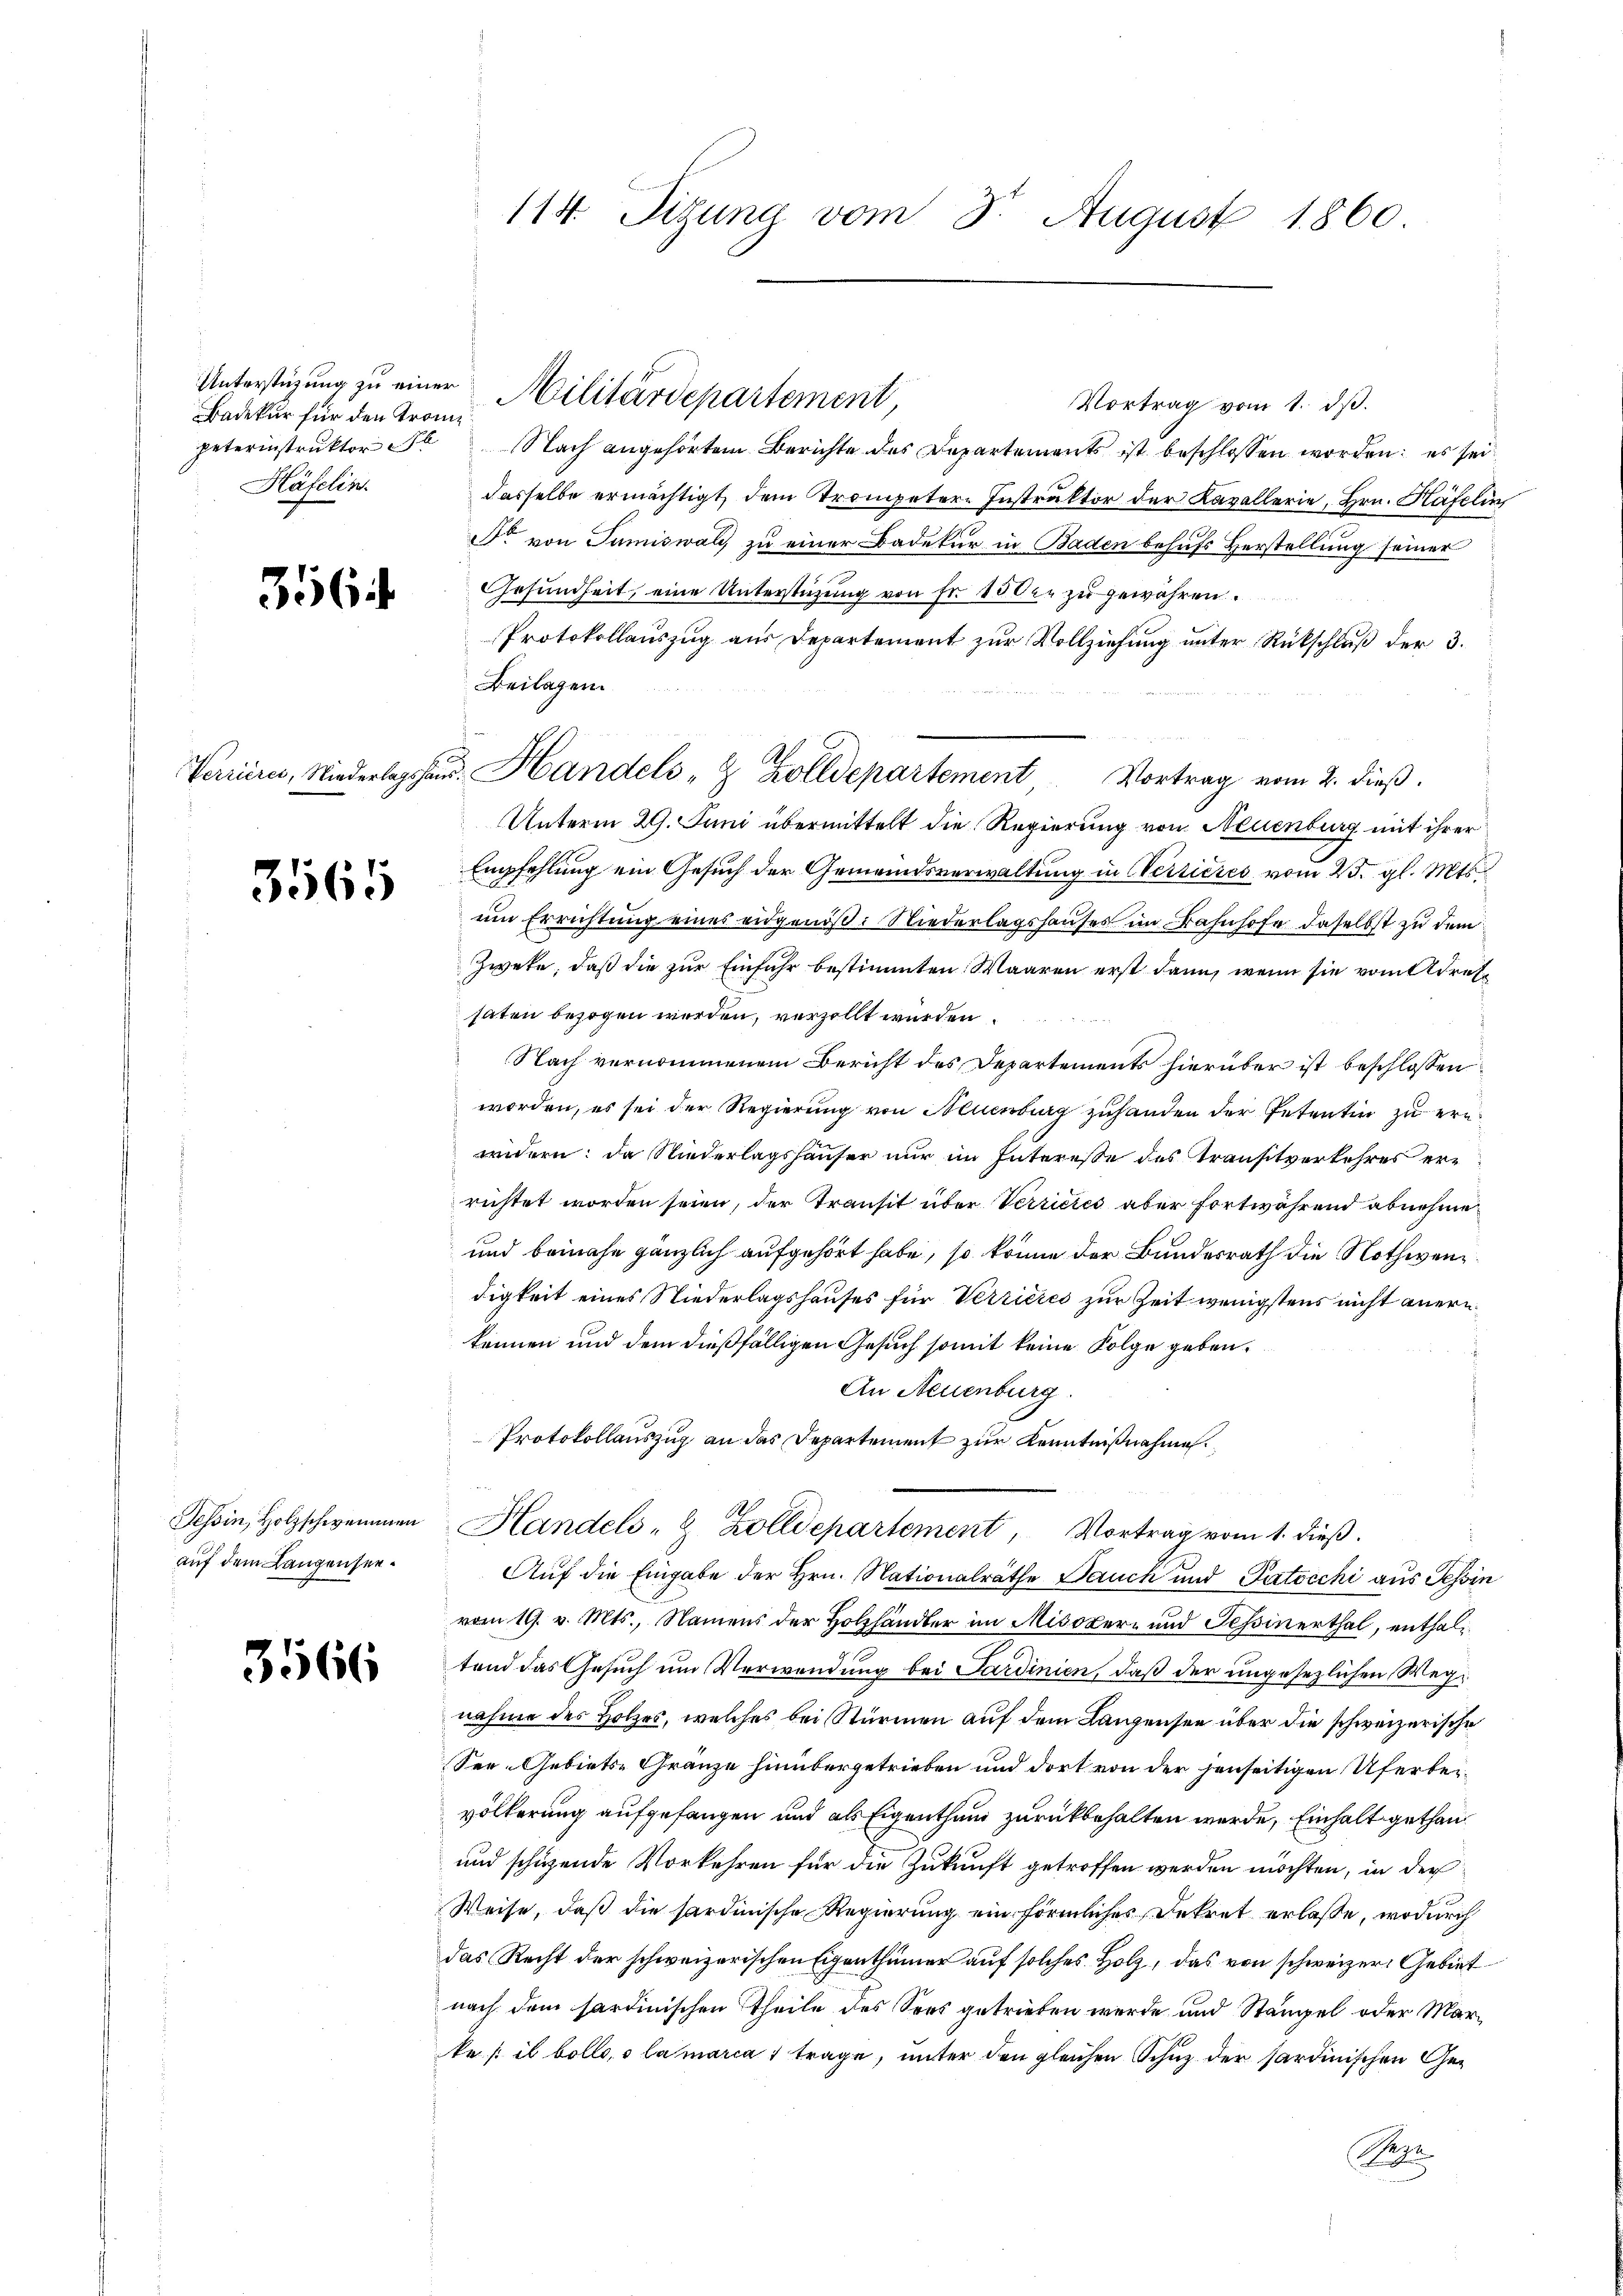
Badekur für den Trom
Häfelin.

356

3565

Tessin, Holzschwemmen
auf dem Langensee¬

3566

Vortrag vom 1. dβ.
peterinstruktor  Nach angehörtem Berichte des Departements ist beschlossen worden; es sei
dasselbe ermächtigt, dem Trompeter-Instruktor der Kavallerie, Hrn. Häfelin
Fr von Tumiswald zu einer Badekur in Baden behufs Herstellung seiner
Gesundheit, eine Unterstüzung von Fr. 100 zu gewähren.
Protokollauszug aus Departement zur Vollziehung unter Rückschluß der 3.
Beilagen
Unterm 29. Juni übermittelt die Regierung von Neuenburg mit ihrer
Empfehlung ein Gesuch der Gemeindsverwaltung in Wertieres vom 25. gl. Mts.
um Errichtung eines eidgenöß: Niederlagshauses im Bahnhofe daselbst zu dem
Zwete, daß die zur Einfuhr bestimmten Waaren erst dann, wenn sie vom Adressaten bezogen werden, verzollt wurden.
Nach vernommenem Bericht des Departements hierüber ist beschlossen
worden, es sei der Regierung von Neuenburg zuhanden der Petentin zu ern
wndern; da Niederlagshauser nur im Interesse des Transtverkehres errichtet worden seien, der Transit über Verricies aber fortwährend abnehme
und beinahe gänzlich aufgehört habe, so könne der Bundesrath die Nothwen
digkeit eines Niederlagshauses für Verrieres zur Zeit wenigstens nicht anern
kennen und dem dießfälligen Gesuch somit keine Folge geben.
An Neuenburg.
Protokollauszug an das Departement zur Kenntnißnahme.
Handels- & Zolldepartement, Vortrag vom 1. dieβ.
Auf die Eingabe der Hrn. Nationalräthe Bauch und Patocchi aus Tessin
vom 19. v. Mts., Namens der Holzhändler im Misoxer- und Teßinerthal, enthaltend das Gesuch um Verwendung bei Sardinien, daß der ungesezlichen Wege
nahme des Holzes, welches bei Stürmen auf dem Langensee über die schweizerische
See-Gebiets-Gränze hinübergetrieben und dort von der jenseitigen Uferbevölkerung aufgefangen und als Eigenthum zurückbehalten werde, Einhalt gethan
und schuzende Vorkehren für die Zukunft getroffen werden möchten, in der
Weise, daß die sardinische Regierung ein förmliches Dekret erlasse, wodurch
das Recht der schweizerischen Eigenthümer auf solches Holz, das von schweizer Gebiet
nach dem sardinischen Theile des Sees getrieben werde und Stämpel oder Marka /: is bollo, o lamarca 1 trage, unter den gleichen Schuz der sardinischen Ge¬
Repe

114. Sitzung vom 3. August 1860

Unterstüzung zu einer Militärdepartement

Terriere, Niederlagshaus. Handels- & Zolldepartement Vortrag vom 2. dieβ.